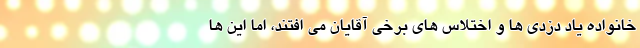
خانواده یاد دزدی ها و اختلاس های برخی آقایان می افتند، اما این ها